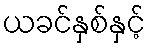
ယခင်နှစ်နှင့်